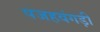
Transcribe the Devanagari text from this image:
पजहवंगड़ी